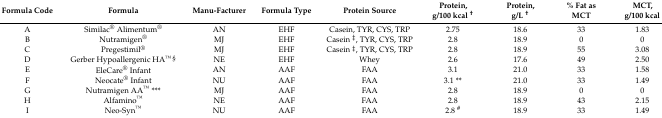
<table><thead><tr><td><b>Formula Code</b></td><td><b>Formula</b></td><td><b>Manu-Facturer</b></td><td><b>Formula Type</b></td><td><b>Protein Source</b></td><td><b>Protein,g/100 kcal <sup>†</sup></b></td><td><b>Protein,g/L <sup>†</sup></b></td><td><b>% Fat as MCT</b></td><td><b>MCT,g/100 kcal</b></td></tr></thead><tbody><tr><td>A</td><td>Similac<sup>®</sup> Alimentum<sup>®</sup></td><td>AN</td><td>EHF</td><td>Casein, TYR, CYS, TRP</td><td>2.75</td><td>18.6</td><td>33</td><td>1.83</td></tr><tr><td>B</td><td>Nutramigen<sup>®</sup></td><td>MJ</td><td>EHF</td><td>Casein <sup>‡</sup>, TYR, CYS, TRP</td><td>2.8</td><td>18.9</td><td>0</td><td>0</td></tr><tr><td>C</td><td>Pregestimil<sup>®</sup></td><td>MJ</td><td>EHF</td><td>Casein <sup>‡</sup>, TYR, CYS, TRP</td><td>2.8</td><td>18.9</td><td>55</td><td>3.08</td></tr><tr><td>D</td><td>Gerber Hypoallergenic HA<sup>TM §</sup></td><td>NE</td><td>EHF</td><td>Whey</td><td>2.6</td><td>17.6</td><td>49</td><td>2.50</td></tr><tr><td>E</td><td>EleCare<sup>®</sup> Infant</td><td>AN</td><td>AAF</td><td>FAA</td><td>3.1</td><td>21.0</td><td>33</td><td>1.58</td></tr><tr><td>F</td><td>Neocate<sup>®</sup> Infant</td><td>NU</td><td>AAF</td><td>FAA</td><td>3.1 **</td><td>21.0</td><td>33</td><td>1.49</td></tr><tr><td>G</td><td>Nutramigen AA<sup>TM</sup> ***</td><td>MJ</td><td>AAF</td><td>FAA</td><td>2.8</td><td>18.9</td><td>0</td><td>0</td></tr><tr><td>H</td><td>Alfamino<sup>TM</sup></td><td>NE</td><td>AAF</td><td>FAA</td><td>2.8</td><td>18.9</td><td>43</td><td>2.15</td></tr><tr><td>I</td><td>Neo-Syn<sup>TM</sup></td><td>NU</td><td>AAF</td><td>FAA</td><td>2.8 <sup>#</sup></td><td>18.9</td><td>33</td><td>1.49</td></tr></tbody></table>